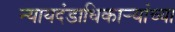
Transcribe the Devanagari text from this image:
न्यायदंडाधिकार्‍यांच्या